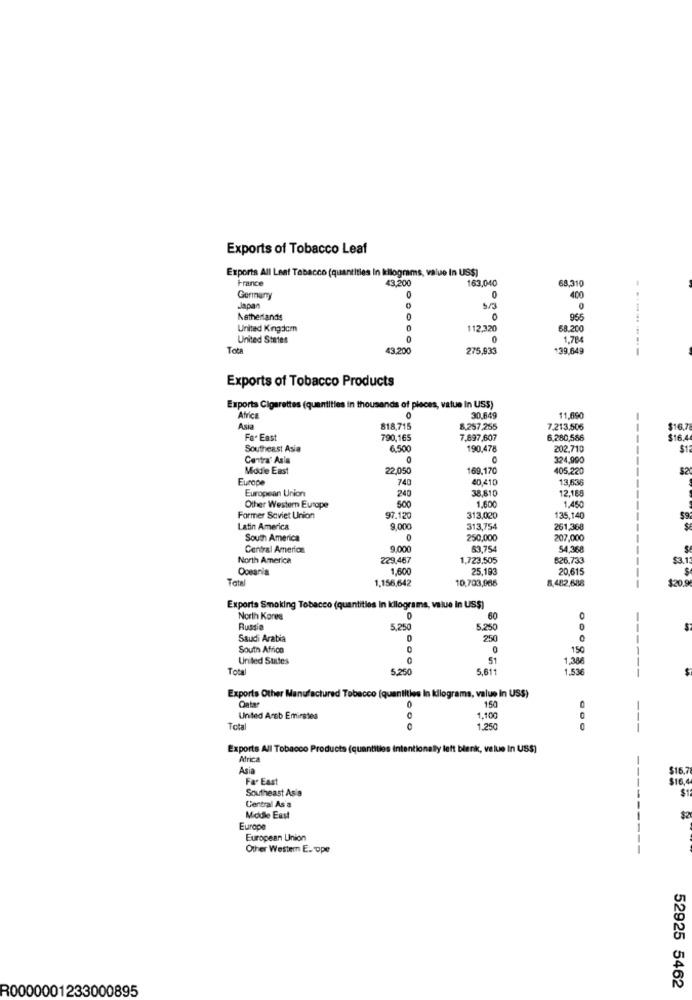
Exports of Tobacco Leaf
Exports All Leaf Tobacco (quantities in kilograms, value In US$)
France
43.200
163,040
68,310
Germany
0
400
Japan
0
Netherlands
0
955
United Kingdom
112,320
58.20
United States
0
1.784
Tota
43.200
275,933
139,649
-------
Exports of Tobacco Products
Exports Cigarettes (quantities in thousands of places, value In USS)
Africa
0
30,649
11.69
Asia
818,715
8,257.255
7.213,505
$16.7
Fa. East
790,165
7.897,607
6,280,566
$16.4
Southeast Asia
6.500
190,478
202,710
$1
Centra' Asia
C
324,990
Middle East
22.050
169,170
405.220
$2
Europe
740
40,410
13,63
European Union
240
38,810
12.158
1.600
1.450
Other Western Europe
500
Former Soviet Union
97.120
313,020
135,140
59
Latin America
9.000
313,754
261,368
South America
250,000
207,000
Central America
9.000
63,754
54,368
North America
229,467
1.723,505
526,733
$3
Oceania
1,600
25,193
20.615
Total
1.156,642
10,703,966
8.482,688
$20.9
Exports Smoking Tobacco (quantities In kilograms, value in US$)
North Korea
60
Russia
5.250
5,25
Saudi Arabia
250
South Africa
150
United States
1,386
Total
5.250
5.61
1.536
Exports Other Manufactured Tobacco (quantities In kilograms, value In US$)
Ontar
0
150
0
United Arab Emirates
1,100
Total
1.250
0
---
Exports All Tobacco Products (quantities intentionally left bienik, value In US$]
Africa
Asia
$16,7
Fa. East
S16.
Southeast Asia
$1
Central As a
--
Middle East
$2
Europe
European Union
Other Western E. ope
52925 5462
R0000001233000895